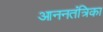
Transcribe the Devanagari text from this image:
आननतंत्रिका